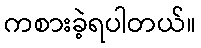
ကစားခဲ့ရပါတယ်။